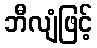
ဘီလျံဖြင့်